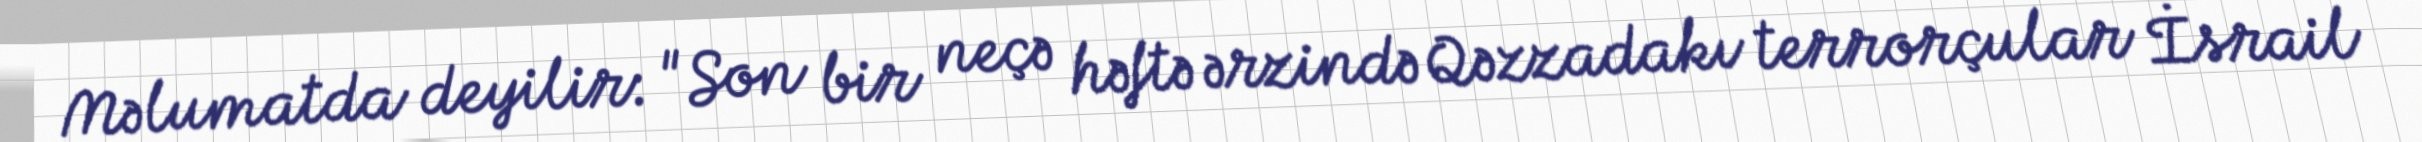
Məlumatda deyilir: "Son bir neçə həftə ərzində Qəzzadakı terrorçular İsrail